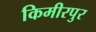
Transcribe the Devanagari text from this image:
किमीरपुर